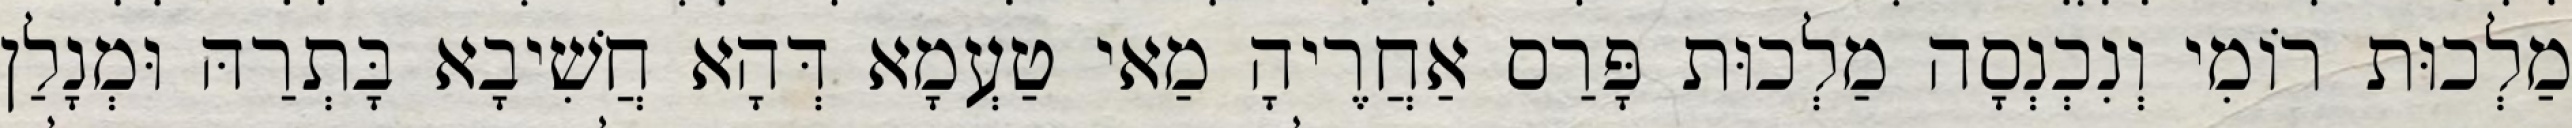
מַלְכוּת רוֹמִי וְנִכְנְסָה מַלְכוּת פָּרַס אַחֲרֶיהָ מַאי טַעְמָא דְּהָא חֲשִׁיבָא בָּתְרַהּ וּמְנָלַן